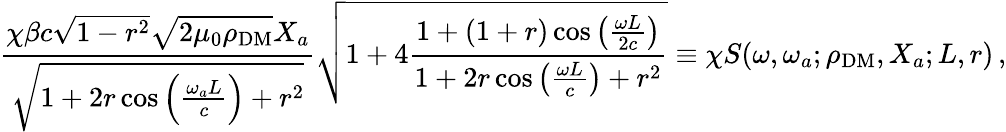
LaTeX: \frac{\chi\beta c\sqrt{1-r^{2}}\sqrt{2\mu_{0}\rho_{\mathrm{DM}}}X_{a}}{\sqrt{1+2r\cos\left(\frac{\omega_{a}L}{c}\right)+r^{2}}}\sqrt{1+4\frac{1+(1+r)\cos\left(\frac{\omega L}{2c}\right)}{1+2r\cos\left(\frac{\omega L}{c}\right)+r^{2}}}\equiv\chi S(\omega,\omega_{a};\rho_{\mathrm{DM}},X_{a};L,r)\, ,